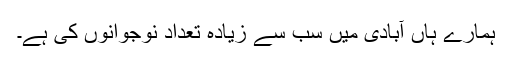
ہمارے ہاں آبادی میں سب سے زیادہ تعداد نوجوانوں کی ہے۔